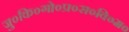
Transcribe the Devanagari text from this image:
जु०कि०गो०प्र०स०वि०म०